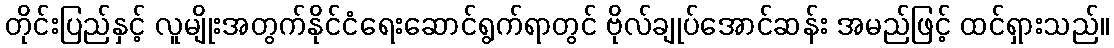
တိုင်းပြည်နှင့် လူမျိုးအတွက်နိုင်ငံရေးဆောင်ရွက်ရာတွင် ဗိုလ်ချုပ်အောင်ဆန်း အမည်ဖြင့် ထင်ရှားသည်။